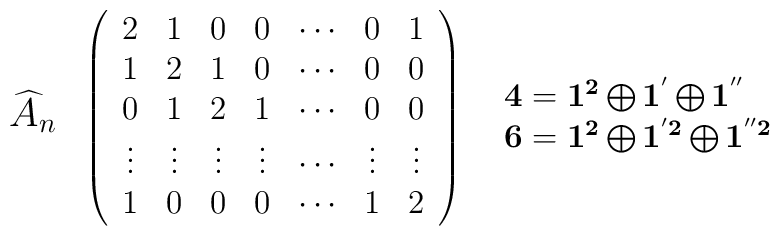
\begin{array}{ccc}{\mbox {\large $\widehat{A}_{n}$}}&\left(\begin{array}{ccccccc}2 & 1 & 0 & 0 & \cdots & 0 & 1 \\1 & 2 & 1 & 0 & \cdots & 0 & 0 \\0 & 1 & 2 & 1 & \cdots & 0 & 0 \\\vdots & \vdots & \vdots & \vdots & \cdots & \vdots & \vdots \\1 & 0 & 0 & 0 & \cdots & 1 & 2 \\\end{array}\right)&\begin{array}{l}{\bf 4} = {\bf 1^2} \bigoplus {\bf 1^{'}} \bigoplus {\bf 1^{''}} \\{\bf 6} = {\bf 1^2} \bigoplus {\bf 1^{'2}} \bigoplus {\bf 1^{''2}} \\\end{array}\end{array}